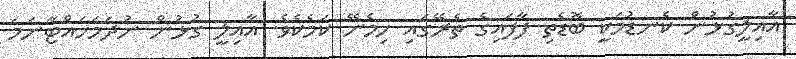
އާއިލީގުޅުން ކެނޑުމަކީ ބޮޑެތި ފާފައިގެ ތެރޭގައި ހިމެނޭ ކަމެކެވެ. އާއިލީ ގުޅުން ނުދަމަހައްޓާނަމަ